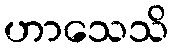
ဟာသေသိ